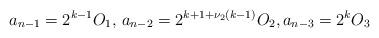
LaTeX: \begin{align*}a_{n-1} = 2^{k-1}O_{1}, \, a_{n-2} = 2^{k+1+\nu_{2}(k-1)}O_{2}, a_{n-3} = 2^{k} O_{3}\end{align*}